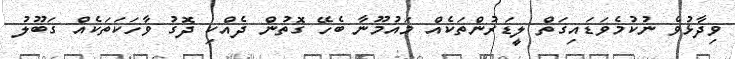
ވިދާޅުވެ ނުކުމެވަޑައިގަތް ލީޑަރުންތަކެއް މައުމޫނާ ބެހޭ ގޮތުން ދެއްކި ދޮގު ވާހަކަތަކެއް ގަބޫލު